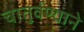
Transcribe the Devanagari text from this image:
चातुर्वण्याने